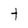
Character: t